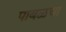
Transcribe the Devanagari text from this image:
पाबळचा